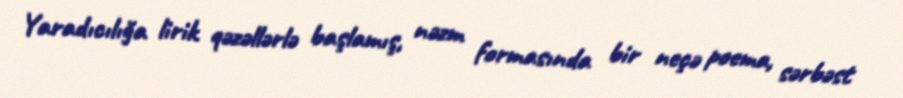
Yaradıcılığa lirik qəzəllərlə başlamış, nəzm formasında bir neçə poema, sərbəst